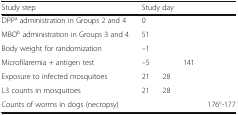
| Study step | <COLSPAN=4> Study day |
 | --- | --- | --- | --- | --- |
 | DPPa administration in Groups 2 and 4 | 0 |  |  |  |
 | MBOb administration in Groups 3 and 4 | 51 |  |  |  |
 | Body weight for randomization | –1 |  |  |  |
 | Microfilaremia + antigen test | –5 |  | 141 |  |
 | Exposure to infected mosquitoes | 21 | 28 |  |  |
 | L3 counts in mosquitoes | 21 | 28 |  |  |
 | Counts of worms in dogs (necropsy) |  |  |  | 176c-177 |